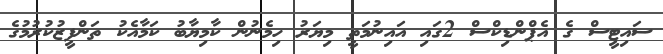
ސައިޓީސް ގެ އެޕްންޑިކްސް 2ގައި އައިނުމަތީ މިޔަރު ހިމެނުން ކާމިޔާބު ކަމާއެކު ތަންފީޒުކުރުމުގެ